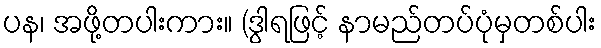
ပန၊ အဖို့တပါးကား။ (ဒွါရဖြင့် နာမည်တပ်ပုံမှတစ်ပါး